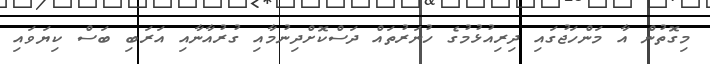
މިގޮތުން އާ މަންހަޖުގައި ދިރިއުޅުމުގެ ހުނަރުތައް ދަސްކޮށްދިނުމާއި ގުރުއާނާއި އަރަބި ބަސް ކިޔަވައި